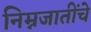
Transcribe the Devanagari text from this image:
निम्नजातींचे